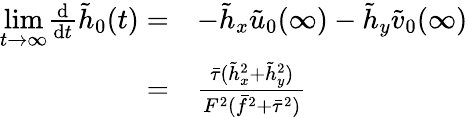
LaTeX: \begin{array}{rl}{\underset{t\rightarrow\infty}{\mathrm{lim}}\frac{\mathrm{d}}{\mathrm{d}t}\tilde{h}_{0}(t)=}&{-\tilde{h}_{x}\tilde{u}_{0}(\infty)-\tilde{h}_{y}\tilde{v}_{0}(\infty)}\\ {=}&{\frac{\bar{\tau}(\tilde{h}_{x}^{2}+\tilde{h}_{y}^{2})}{F^{2}(\bar{f}^{2}+\bar{\tau}^{2})}}\end{array}